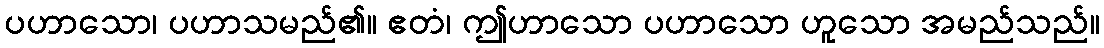
ပဟာသော၊ ပဟာသမည်၏။ ဧတံ၊ ဤဟာသော ပဟာသော ဟူသော အမည်သည်။